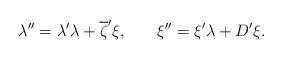
LaTeX: \begin{align*}\lambda ^{\prime \prime }=\lambda ^{\prime }\lambda+\overline{\zeta } ^{\prime }\xi ,\hspace{0.3in}\xi ^{\prime\prime }=\xi ^{\prime }\lambda +D^{\prime }\xi .\end{align*}